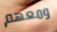
ومعهم